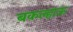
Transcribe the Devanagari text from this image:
बकल्हाऊ